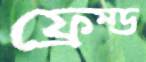
ফ্রেম্ড